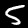
Digit: 5